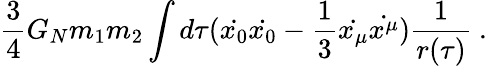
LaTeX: {\frac{3}{4}}G_{N}m_{1}m_{2}\int d\tau(\dot{x_{0}}\dot{x_{0}}-{\frac{1}{3}}\dot{x_{\mu}}\dot{x^{\mu}}){\frac{1}{r(\tau)}}~.